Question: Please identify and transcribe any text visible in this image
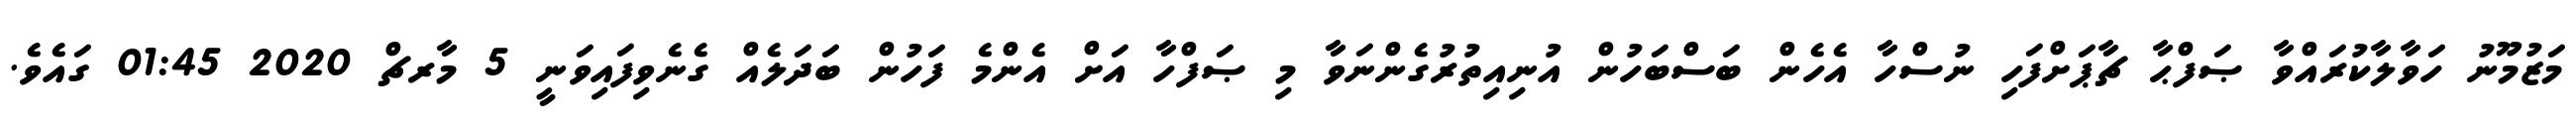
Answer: މަޒުމޫނު ހަވާލާކުރައްވާ ޞަފްޙާ ޗާޕަށްފަހި ނުސްހާ އެހެން ބަސްބަހުން އުނިއިތުރުގެންނަވާ މި ޞަފްހާ އަށް އެންމެ ފަހުން ބަދަލެއް ގެނެވިފައިވަނީ 5 މާރޗް 2020 01:45 ގައެވެ.